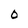
Character: O